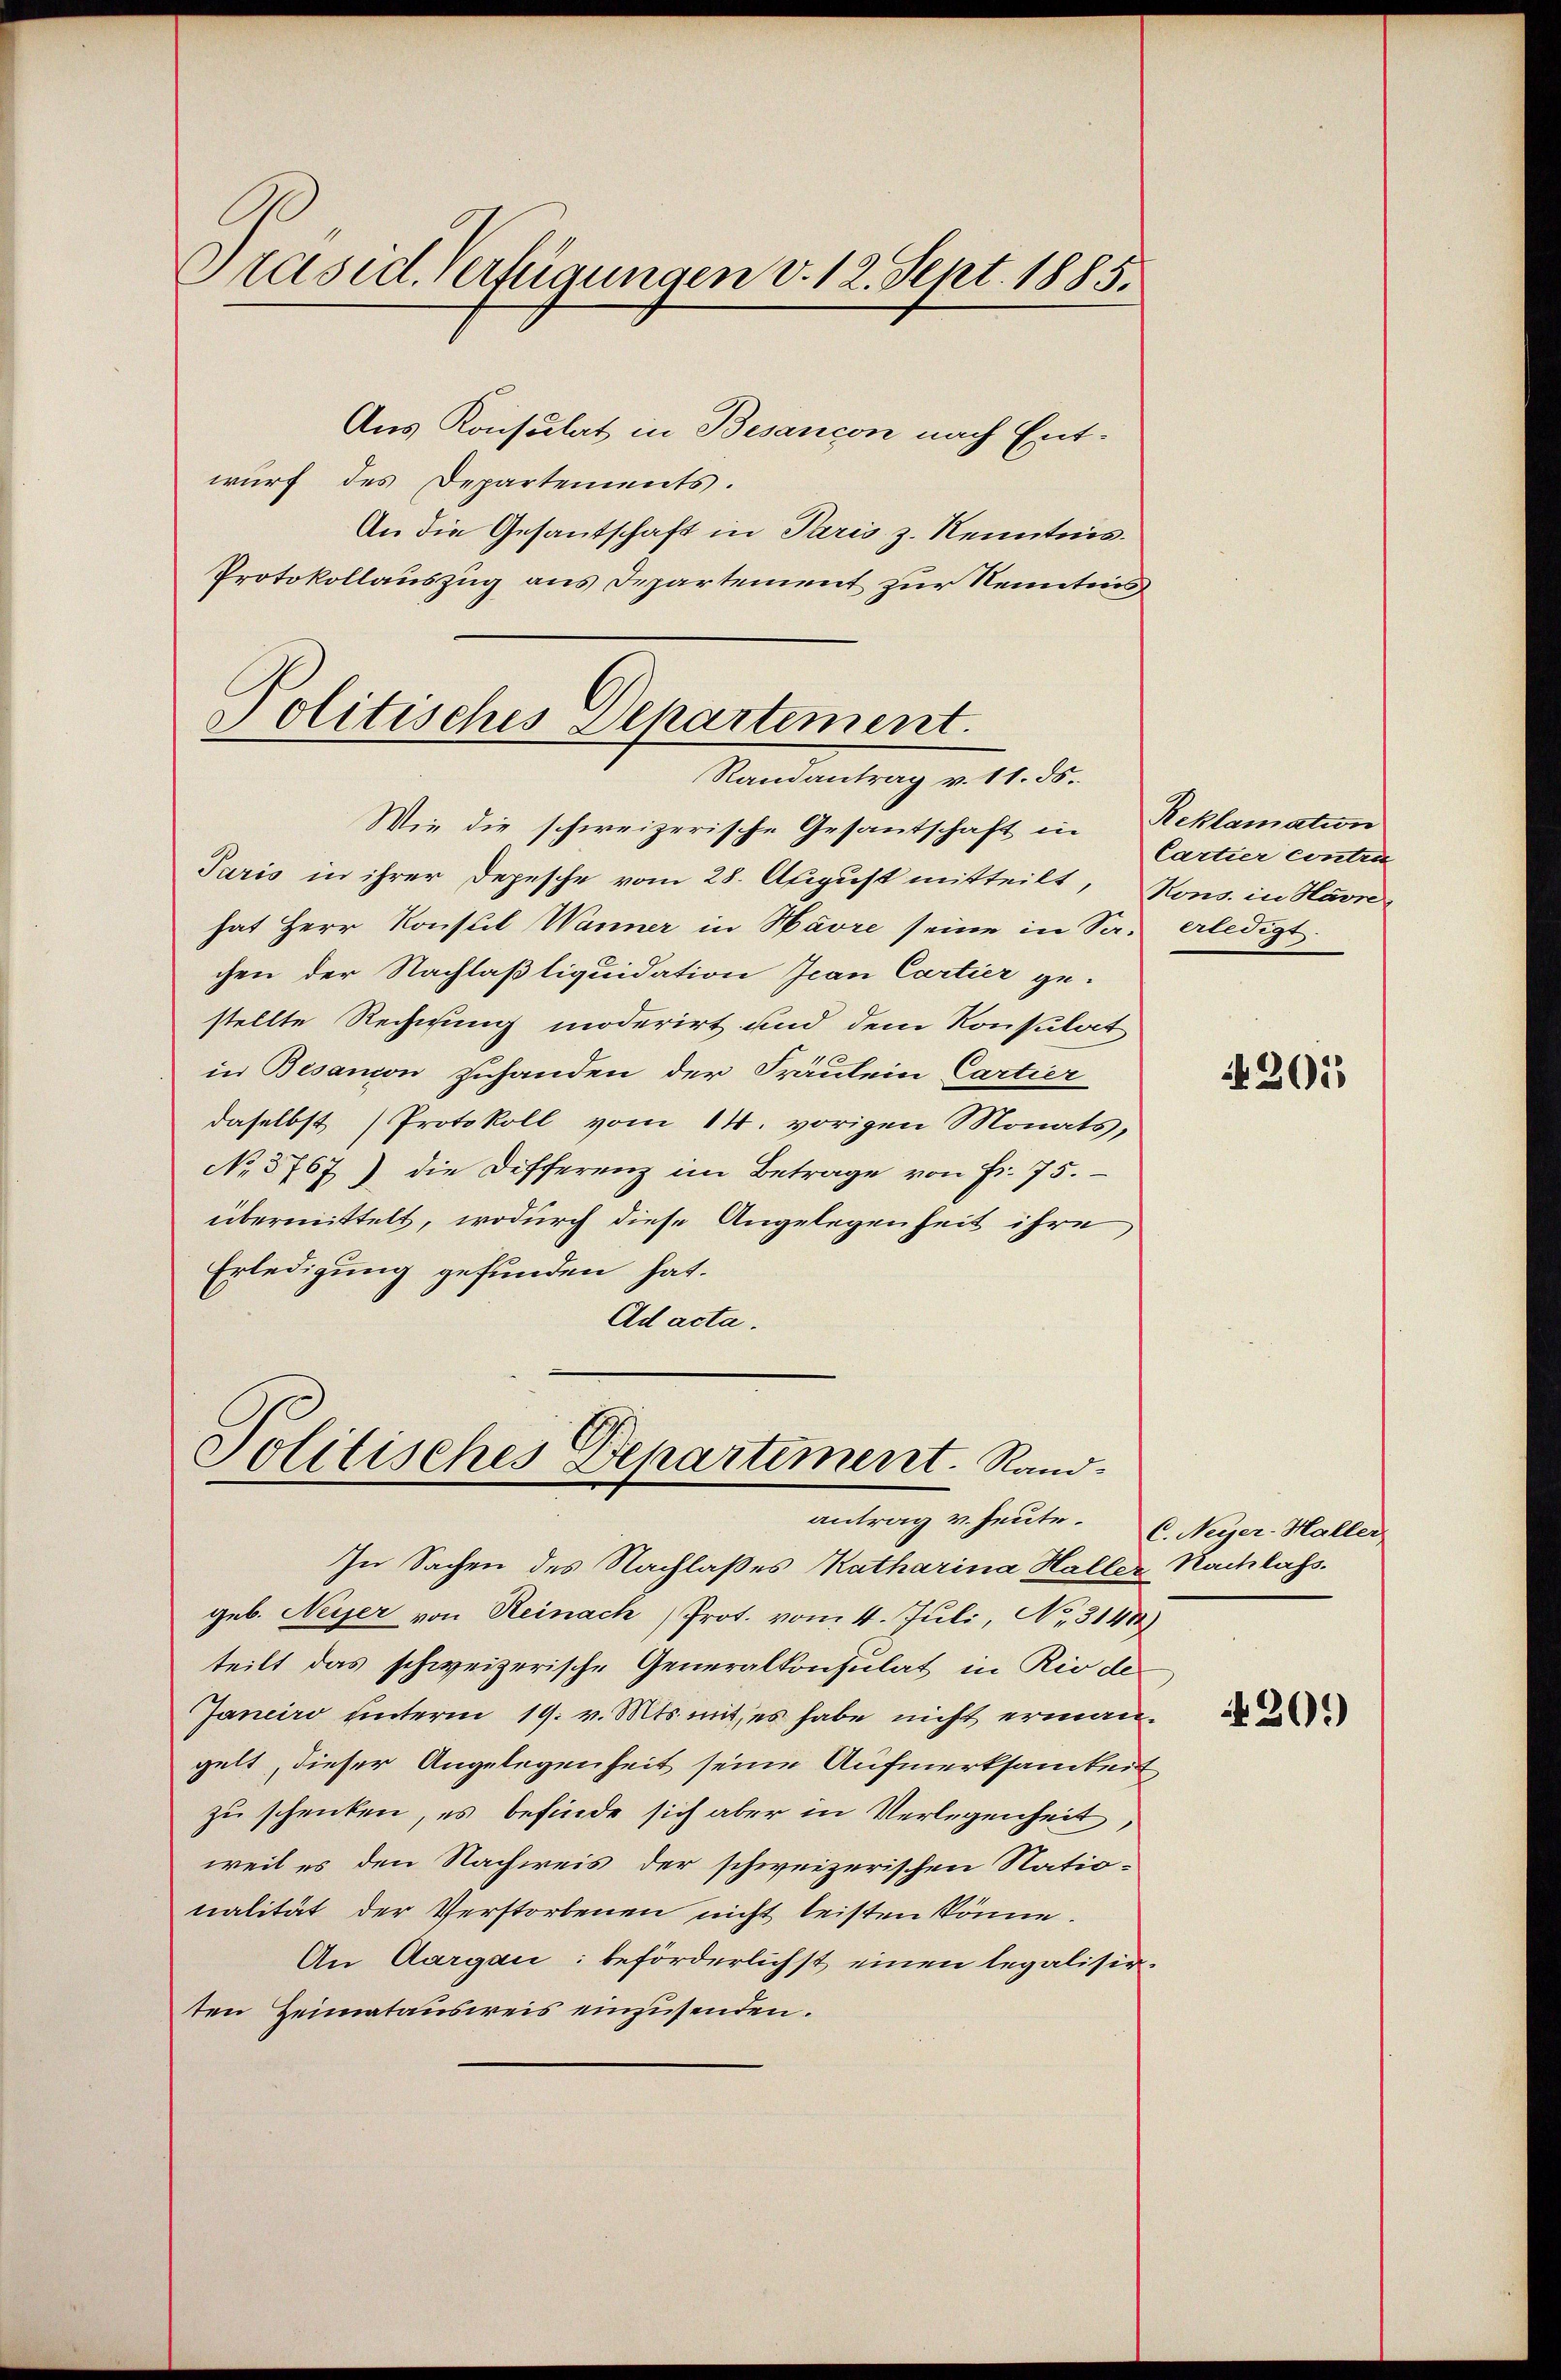
Präsid. Verfügungen v. 12. Sept. 1885.

Aus Konsulat in Besançon nach Ent-
wurf des Departements.
An die Gesantschaft in Paris z. Kenntnis.
Protokollauszug aus Departement zur Kenntnis
Politisches Departement.

Randantrag v. 11. ds.

Wie die schweizerische Gesantschaft in Reklamation
Paris in ihrer Depesche vom 28. August mitteilt, Kons. in Havre
hat Herr Konsul Wanner in Havre seine in Sa. erledigt.
chen der Nachlaßliquidation Jean Cartier ge-
stellte Rechnung moderirt und dem Konsulat
in Besanion zuhanden der Fräulein Cartier
daselbst Protokoll vom 14. vorigen Monats,
No 3767) die Differenz im Betrage von Fr. 75.
übermittelt, wodurch diese Angelegenheit ihre
Erledigung gefunden hat.
Ad acta.

Politisches Departement. Rand
antrag v. heute. C. Neyer-Haller

In Sachen des Nachlaßes Katharina Haller Nachlass.
geb. Neyer von Reinach Prot. vom 4. Juli, No. 3141)
teilt das schweizerische Generalkonsulat in Rio de
Janeiro unterm 19. v. Mts. mit, es habe nicht ermangelt, dieser Angelegenheit seine Aufmerksamkeit
zu schenken, es befinde sich aber in Verlegenheit
weil es den Nachweis der schweizerischen Natio-
nalität der Verstorbenen nicht leisten könne.
An Aargau: beförderlichst einen legalisir-
ten Heimatausweis einzusenden.

Cartier contre

4201

30.)